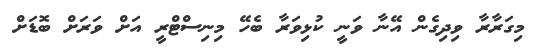
މިގަރާރާ ވިދިގެން އޭނާ ވަނީ ކުޅިވަރާ ބެހޭ މިނިސްޓްރީ އަށް ވަރަށް ބޮޑަށް